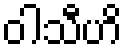
ဝါသီဟိ